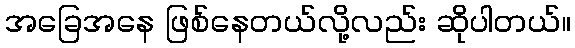
အခြေအနေ ဖြစ်နေတယ်လို့လည်း ဆိုပါတယ်။